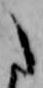
た